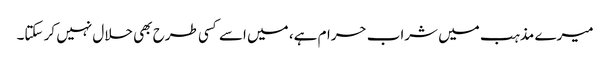
میرے مذہب میں شراب حرام ہے، میں اسے کسی طرح بھی حلال نہیں کر سکتا۔